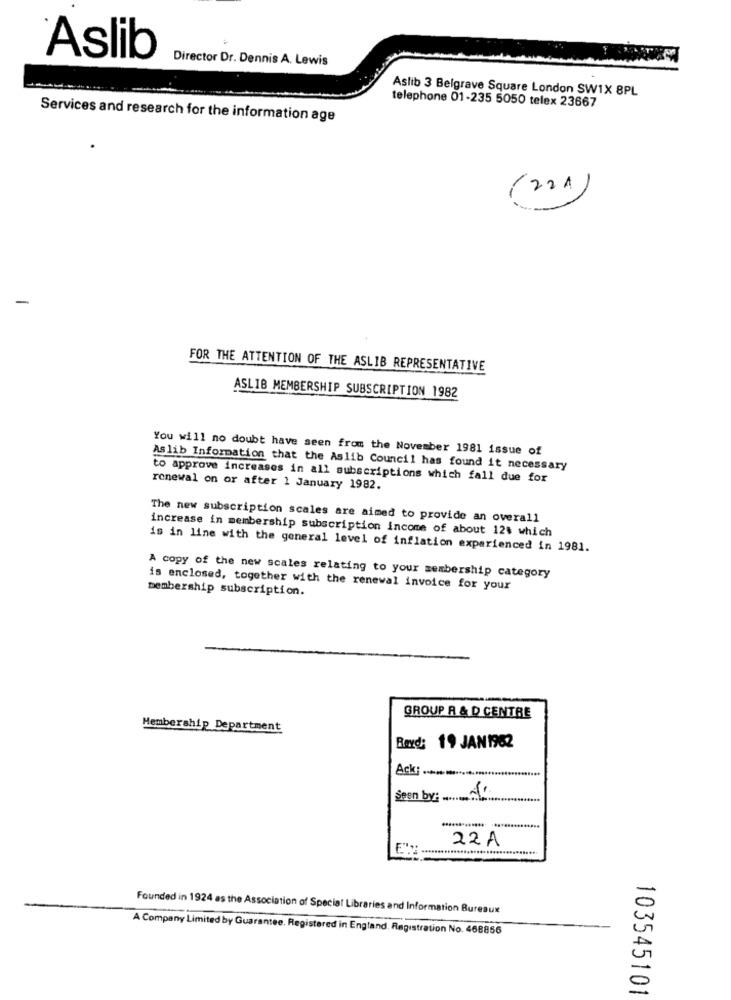
Aslib
Director Dr. Dennis A. Lewis
Aslib 3 Belgrave Square London SW1X 8PL
telephone 01-235 5050 telex 23667
Services and research for the information age
224
-
FOR THE ATTENTION OF THE ASLIB REPRESENTATIVE
ASLIB MEMBERSHIP SUBSCRIPTION 1982
You will no doubt have seen from the November 1981 issue of
Aslib Information that the Aslib Council has found it necessary
to approve increases in all subscriptions which fall due for
renewal on or after 1 January 1982.
The new subscription scales are aimed to provide an overall
increase in membership subscription income of about 124 which
is in line with the general level of inflation experienced in 1981.
A copy of the new scales relating to your membership category
membership subscription.
is enclosed, together with the renewal invoice for your
GROUP R & D CENTRE
Membership Department
Bord: 19 JAN1962
Ack; ....
Seen by: ...............
22A
Founded in 1924 as the Association of Special Libraries and Information Bureaux
A Company Limited by Guarantee. Registered in England. Registration No. 468856
103545101